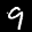
Label: 9